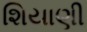
શિયાણી